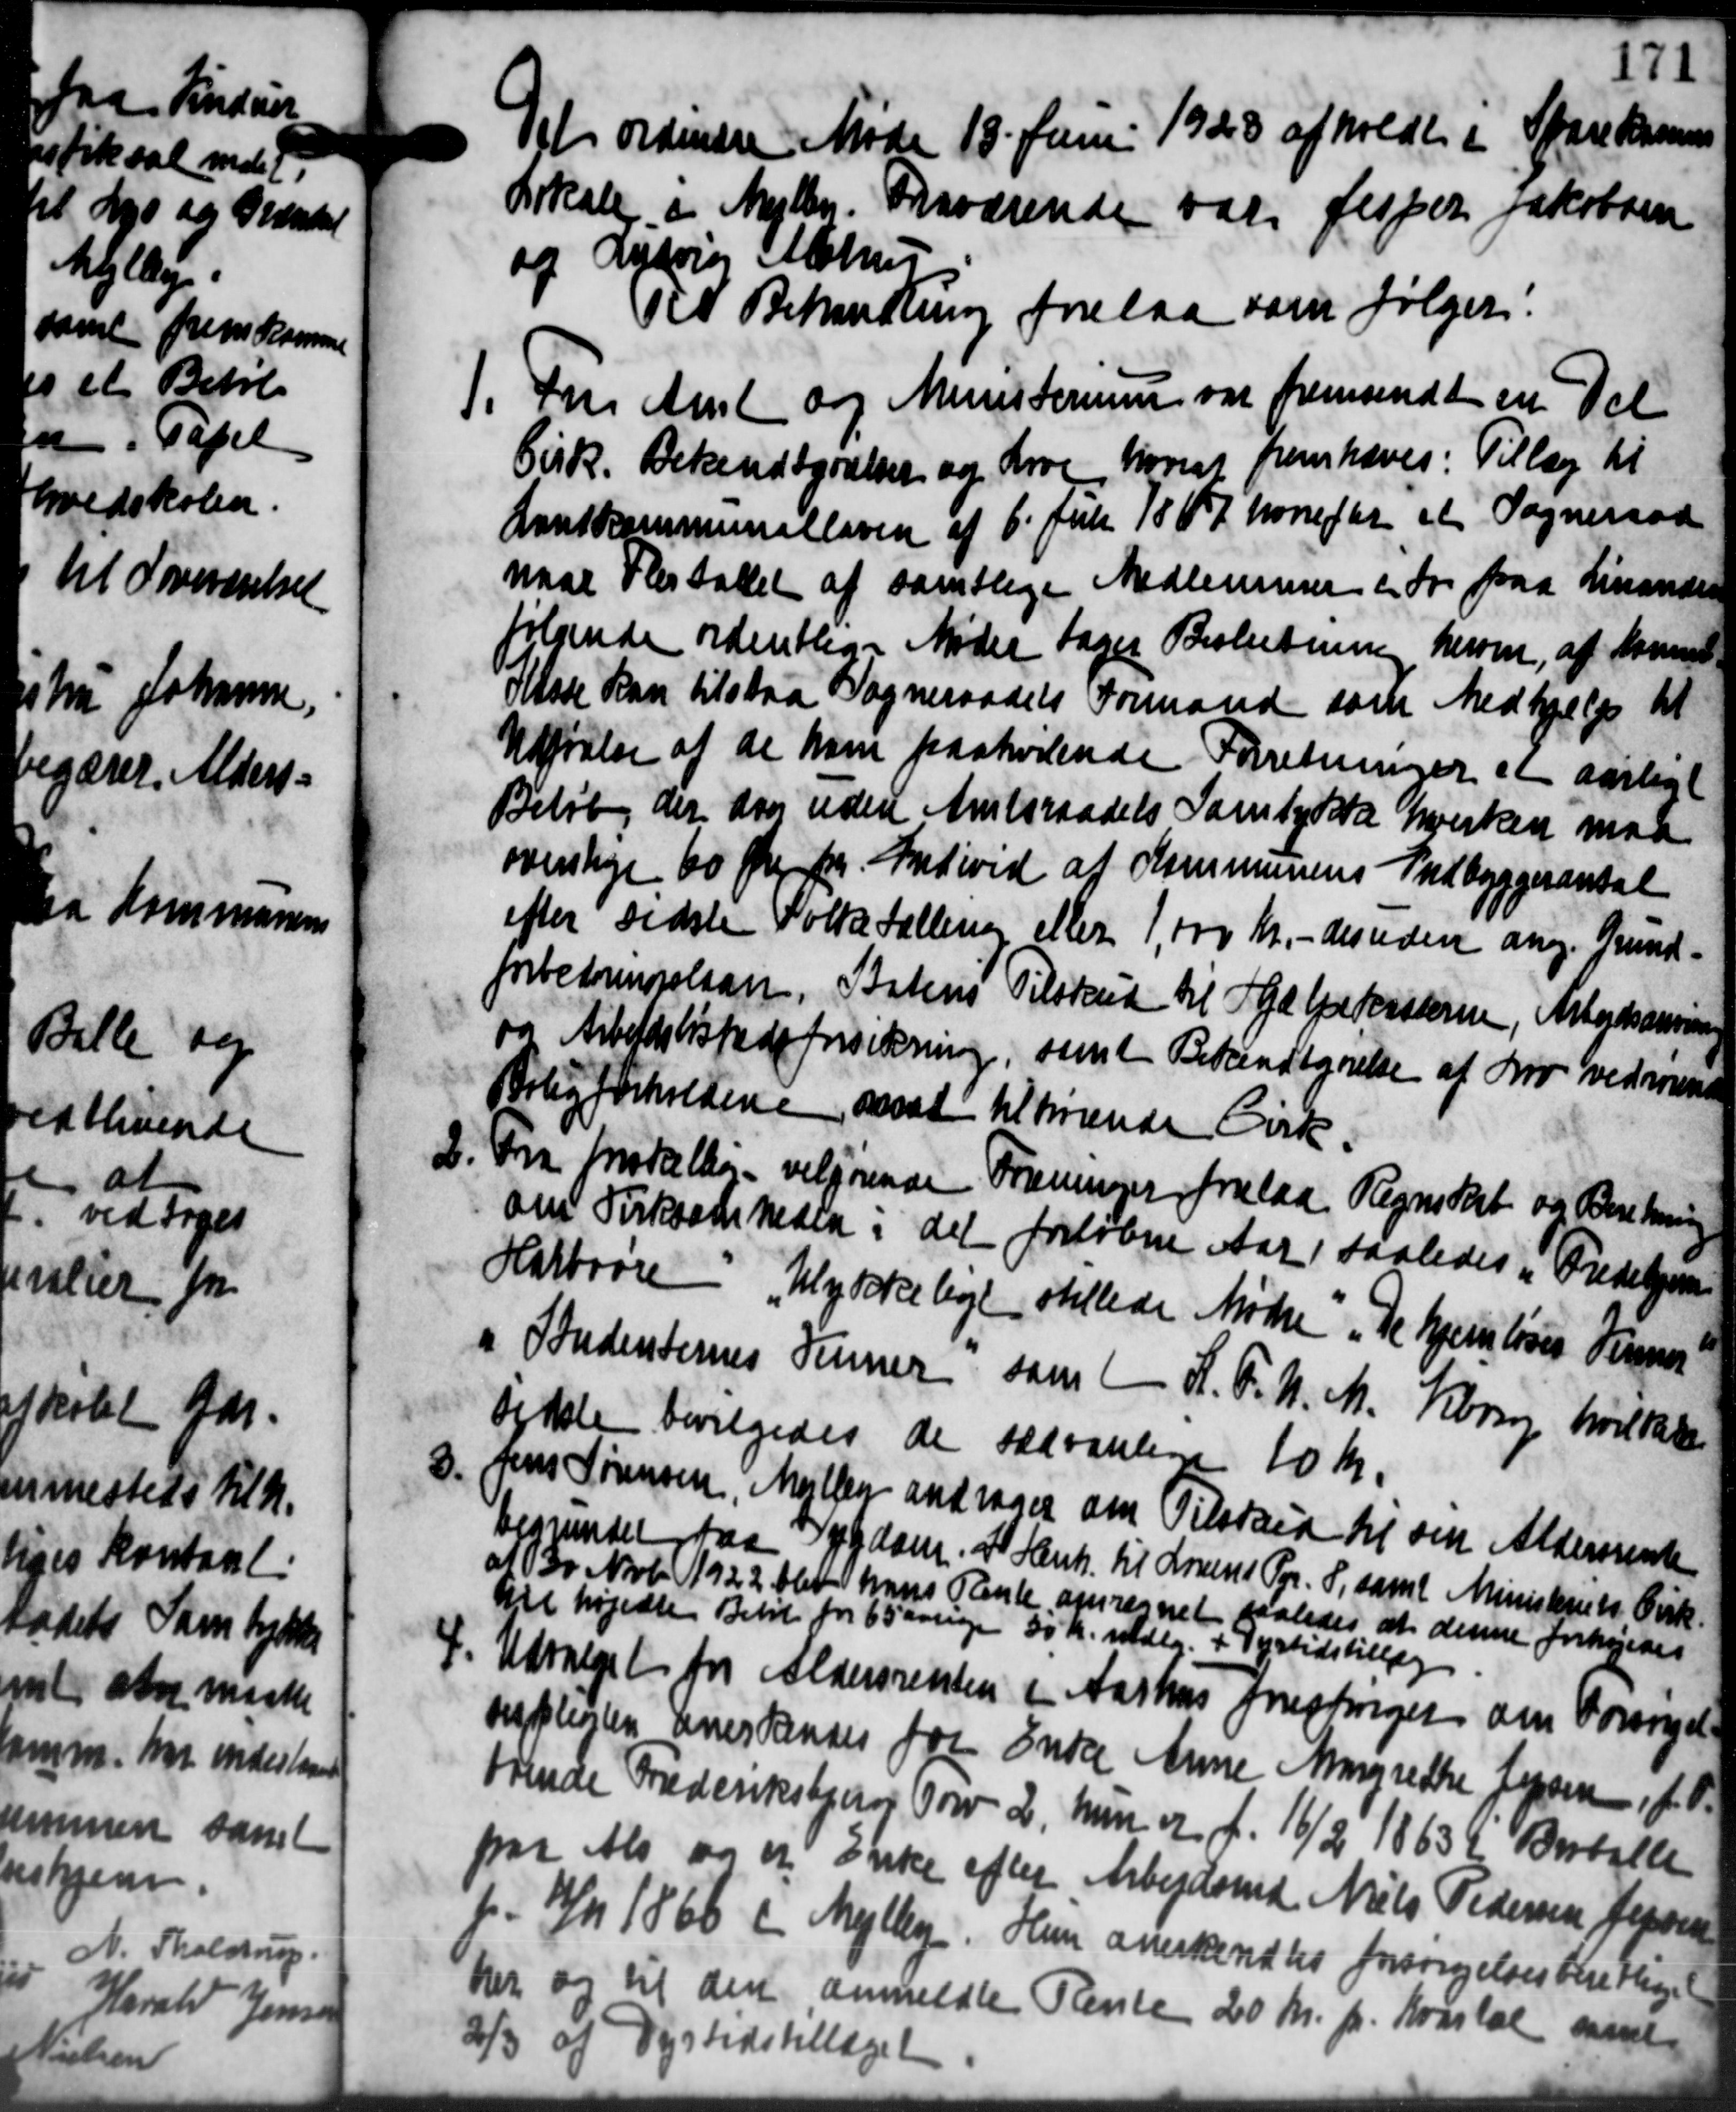
Transskription:
Det ordinære Møde 18 Juni 1928 afholdt i Sparekassen
Lokale i Mejlby. Fraværende var Jesper Jakobsen
og Nyborg Alstrup
et Behandling forelaa som følger:

For Amt og Ministerium var fremsendt en Del
Cirk. Bekendtgørelser og Love, hvoraf fremhæves: Tillæg til
Lantkommunalloven af 6 Juli 1867 hvorefter at Sogneraad
naar Flertallet af samtlige Medlemmer i do paa Linander
følgende udentlige Mødet tages Beslutning herom, at kommen
Klose kan tilstaa Sogneraadets Formand som Medhjælp til
Udførelse af de ham paahørende Forretninger et aarligt
Beløb der den uden Amtsraadets Samtykke hverken mod
overslage 60 Øre pr. Individ af Kommunens Indbyggerantal
efter sidste Folketæller eller 1,000 Kr. - desuden ang. Grund-
forbedringslaan. Batens Tilskud til Hjælpekasserne, Arbejdsanven
og Arbejdsløshedsforsikring, samt Bekendtgørelse af Kro vedrørende
Belig forholdene ansat tilhørende Cirk

Fra forstalling velgórende Foreninger forelaa Regnskab og Beretning
om Fiskeatheden i det forløbne Aar, saaledes i Fredehjem
Harboere Ulykkeligt stillede Mødre "De hjemløses Venner
a Indensternes Tinner sam (K. F. U. M. Korsøg hvilket
Skolen bevilgedes de sædvanelene 10 Kr.

Jens Sørensen, Mejlby andrager om Tilskud til sin Aldersrente
begendel paa Sygdom. at Hant. til Lovens Opr. 8, samt Ministeriets Cirk.
af 30 Novb. 1922 blev hans Pante opregnet saaledes at denne forhøjedes
det højede Belt for 65 aarige 50 Kr. mdlg. + Dyrtidstillæg

Udvalget fra Aldersrenten i Aarhus prestinger om Forsørgel-
mpligten anerkendes for Endel Anne Margrethe Jensen f. A.
trende Frederiksbjerg Torv 2, hun er f. 16/2 1863 K Bertalle
paa Als og et Enke efter Arbejdsmd Niels Pedersen Jepsen
f. 4/11 1866 i Mejlby. Hun anerkendtes forsørgelsesberettiget
her og til den anmeldte Rente 20 Kr. pr. Kvartal sene
2
3 af Dyrtidstillæget